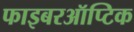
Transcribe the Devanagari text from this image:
फाइबरऑप्टिक